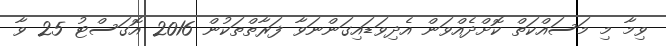
ވިމާ މި މަސައްކަތް ކޮށްދެއްވަން އެދިވަޑައިގަންނަވާ ފަރާތްތަކުން 2016 އޮގަސްޓު 25 ވާ